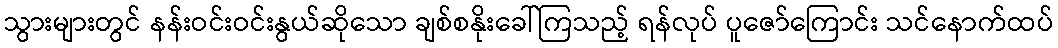
သွားများတွင် နန်းဝင်းဝင်းနွယ်ဆိုသော ချစ်စနိုးခေါ်ကြသည့် ရန်လုပ် ပူဇော်ကြောင်း သင်နောက်ထပ်